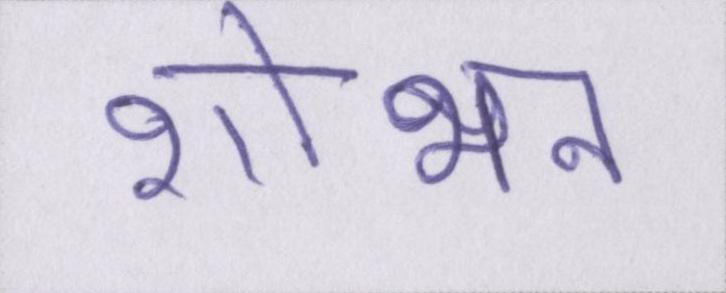
शोभन